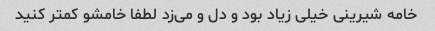
خامه شیرینی خیلی زیاد بود و دل و می‌زد لطفا خامشو کمتر کنید